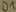
Text: D1